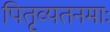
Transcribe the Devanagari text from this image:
पितृव्यतनमाः